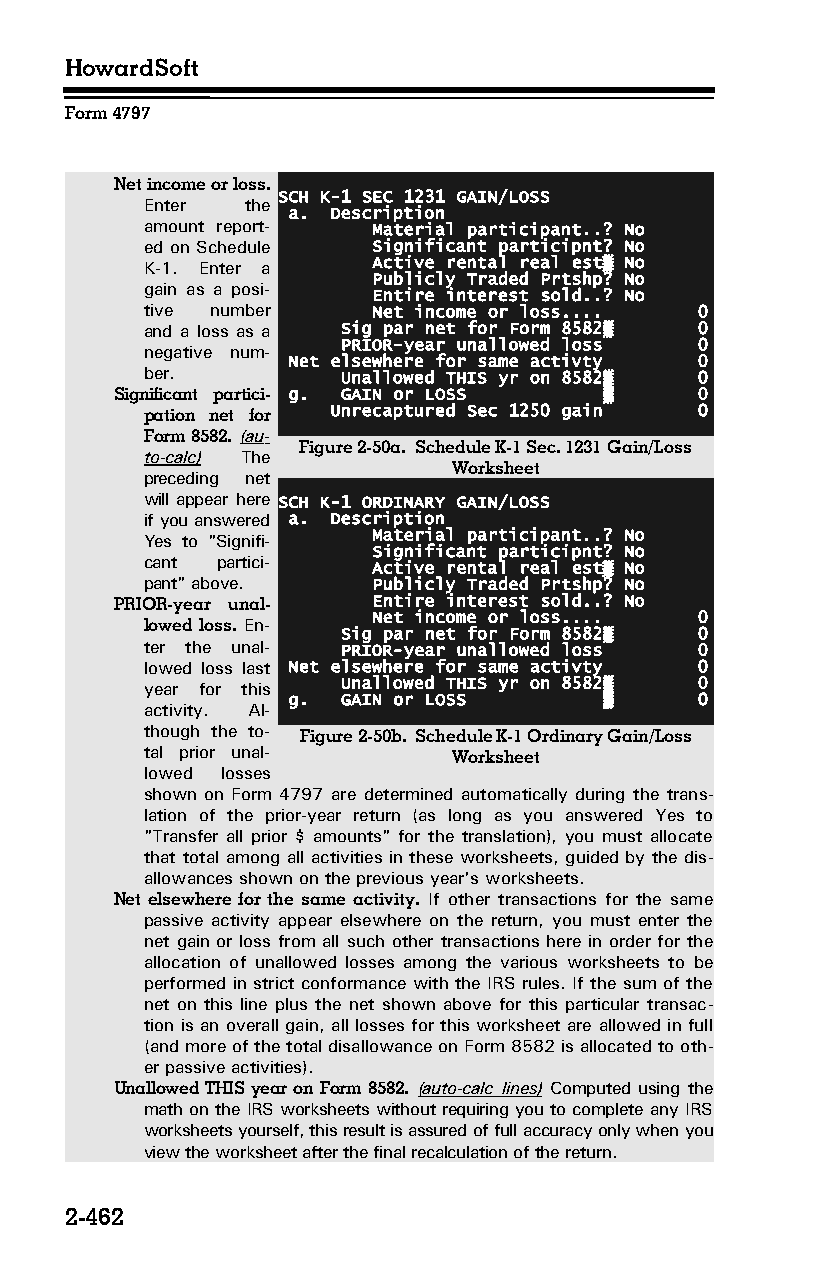
HowardSoft
 Form 4797
 Net income or loss.
 SCH K-1 SEC 1231 GAIN/LOSS
 Enter the
 a. Description
 amount report­ Material participant..? No
 ed on Schedule Significant participnt? No
 K-1. Enter a   Active rental real est▒ No
 Publicly Traded Prtshp? No
 gain as a posi­
 Entire interest sold..? No
 tive number    Net income or loss.... 0
 and a loss as a Sig par net for Form 8582▒ 0
 PRIOR-year unallowed loss 0
 negative num­
 Net elsewhere for same activty 0
 ber.         Unallowed THIS yr on 8582▒ 0
 Significant partici­ g. GAIN or LOSS ▒ 0
 pation net for Unrecaptured Sec 1250 gain 0
 Form 8582. (au­
 Figure 2-50a. Schedule K-1 Sec. 1231 Gain/Loss
 to-calc) The
 Worksheet
 preceding net
 will appear here SCH K-1 ORDINARY GAIN/LOSS
 if you answered a. Description
 Material participant..? No
 Yes to "Signifi­
 Significant participnt? No
 cant partici­  Active rental real est▒ No
 pant" above.   Publicly Traded Prtshp? No
 PRIOR-year unal­ Entire interest sold..? No
 Net income or loss.... 0
 lowed loss. En­
 Sig par net for Form 8582▒ 0
 ter the unal­ PRIOR-year unallowed loss 0
 lowed loss last Net elsewhere for same activty 0
 year for this Unallowed THIS yr on 8582▒ 0
 g.  GAIN or LOSS     ▒     0
 activity. Al­
 though the to­ Figure 2-50b. Schedule K-1 Ordinary Gain/Loss
 tal prior unal­     Worksheet
 lowed losses
 shown on Form 4797 are determined automatically during the trans­
 lation of the prior-year return (as long as you answered Yes to
 "Transfer all prior $ amounts" for the translation), you must allocate
 that total among all activities in these worksheets, guided by the dis­
 allowances shown on the previous year's worksheets.
 Net elsewhere for the same activity. If other transactions for the same
 passive activity appear elsewhere on the return, you must enter the
 net gain or loss from all such other transactions here in order for the
 allocation of unallowed losses among the various worksheets to be
 performed in strict conformance with the IRS rules. If the sum of the
 net on this line plus the net shown above for this particular transac­
 tion is an overall gain, all losses for this worksheet are allowed in full
 (and more of the total disallowance on Form 8582 is allocated to oth­
 er passive activities).
 Unallowed THIS year on Form 8582. (auto-calc lines) Computed using the
 math on the IRS worksheets without requiring you to complete any IRS
 worksheets yourself, this result is assured of full accuracy only when you
 view the worksheet after the final recalculation of the return.
 2-462